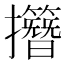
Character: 𢹽